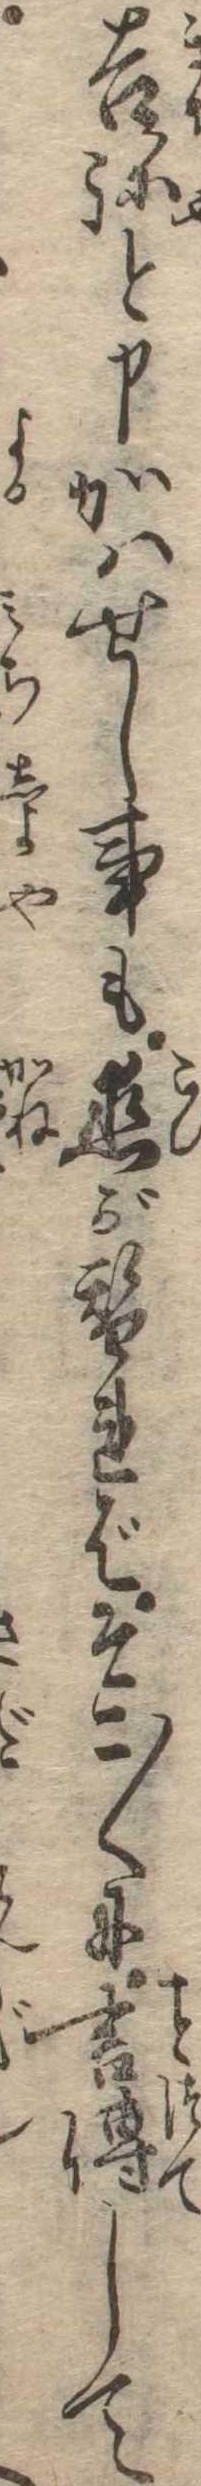
吉弥と申かはせし事も恋が替ればそこ〱に言伝して